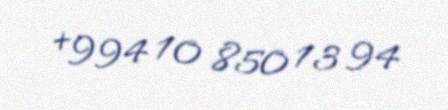
+994 10 850 13 94